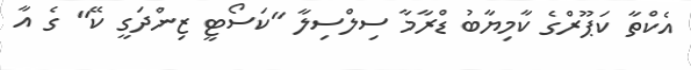
އެކްތާ ކަޕޫރްގެ ކާމިޔާބު ޑްރާމާ ސިލްސިލާ "ކަސޯޓީ ޒިންދަގީ ކޭ" ގެ އާ